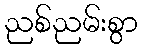
ညစ်ညမ်းစွာ